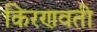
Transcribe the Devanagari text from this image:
किरणवती